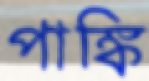
পাঙ্কি